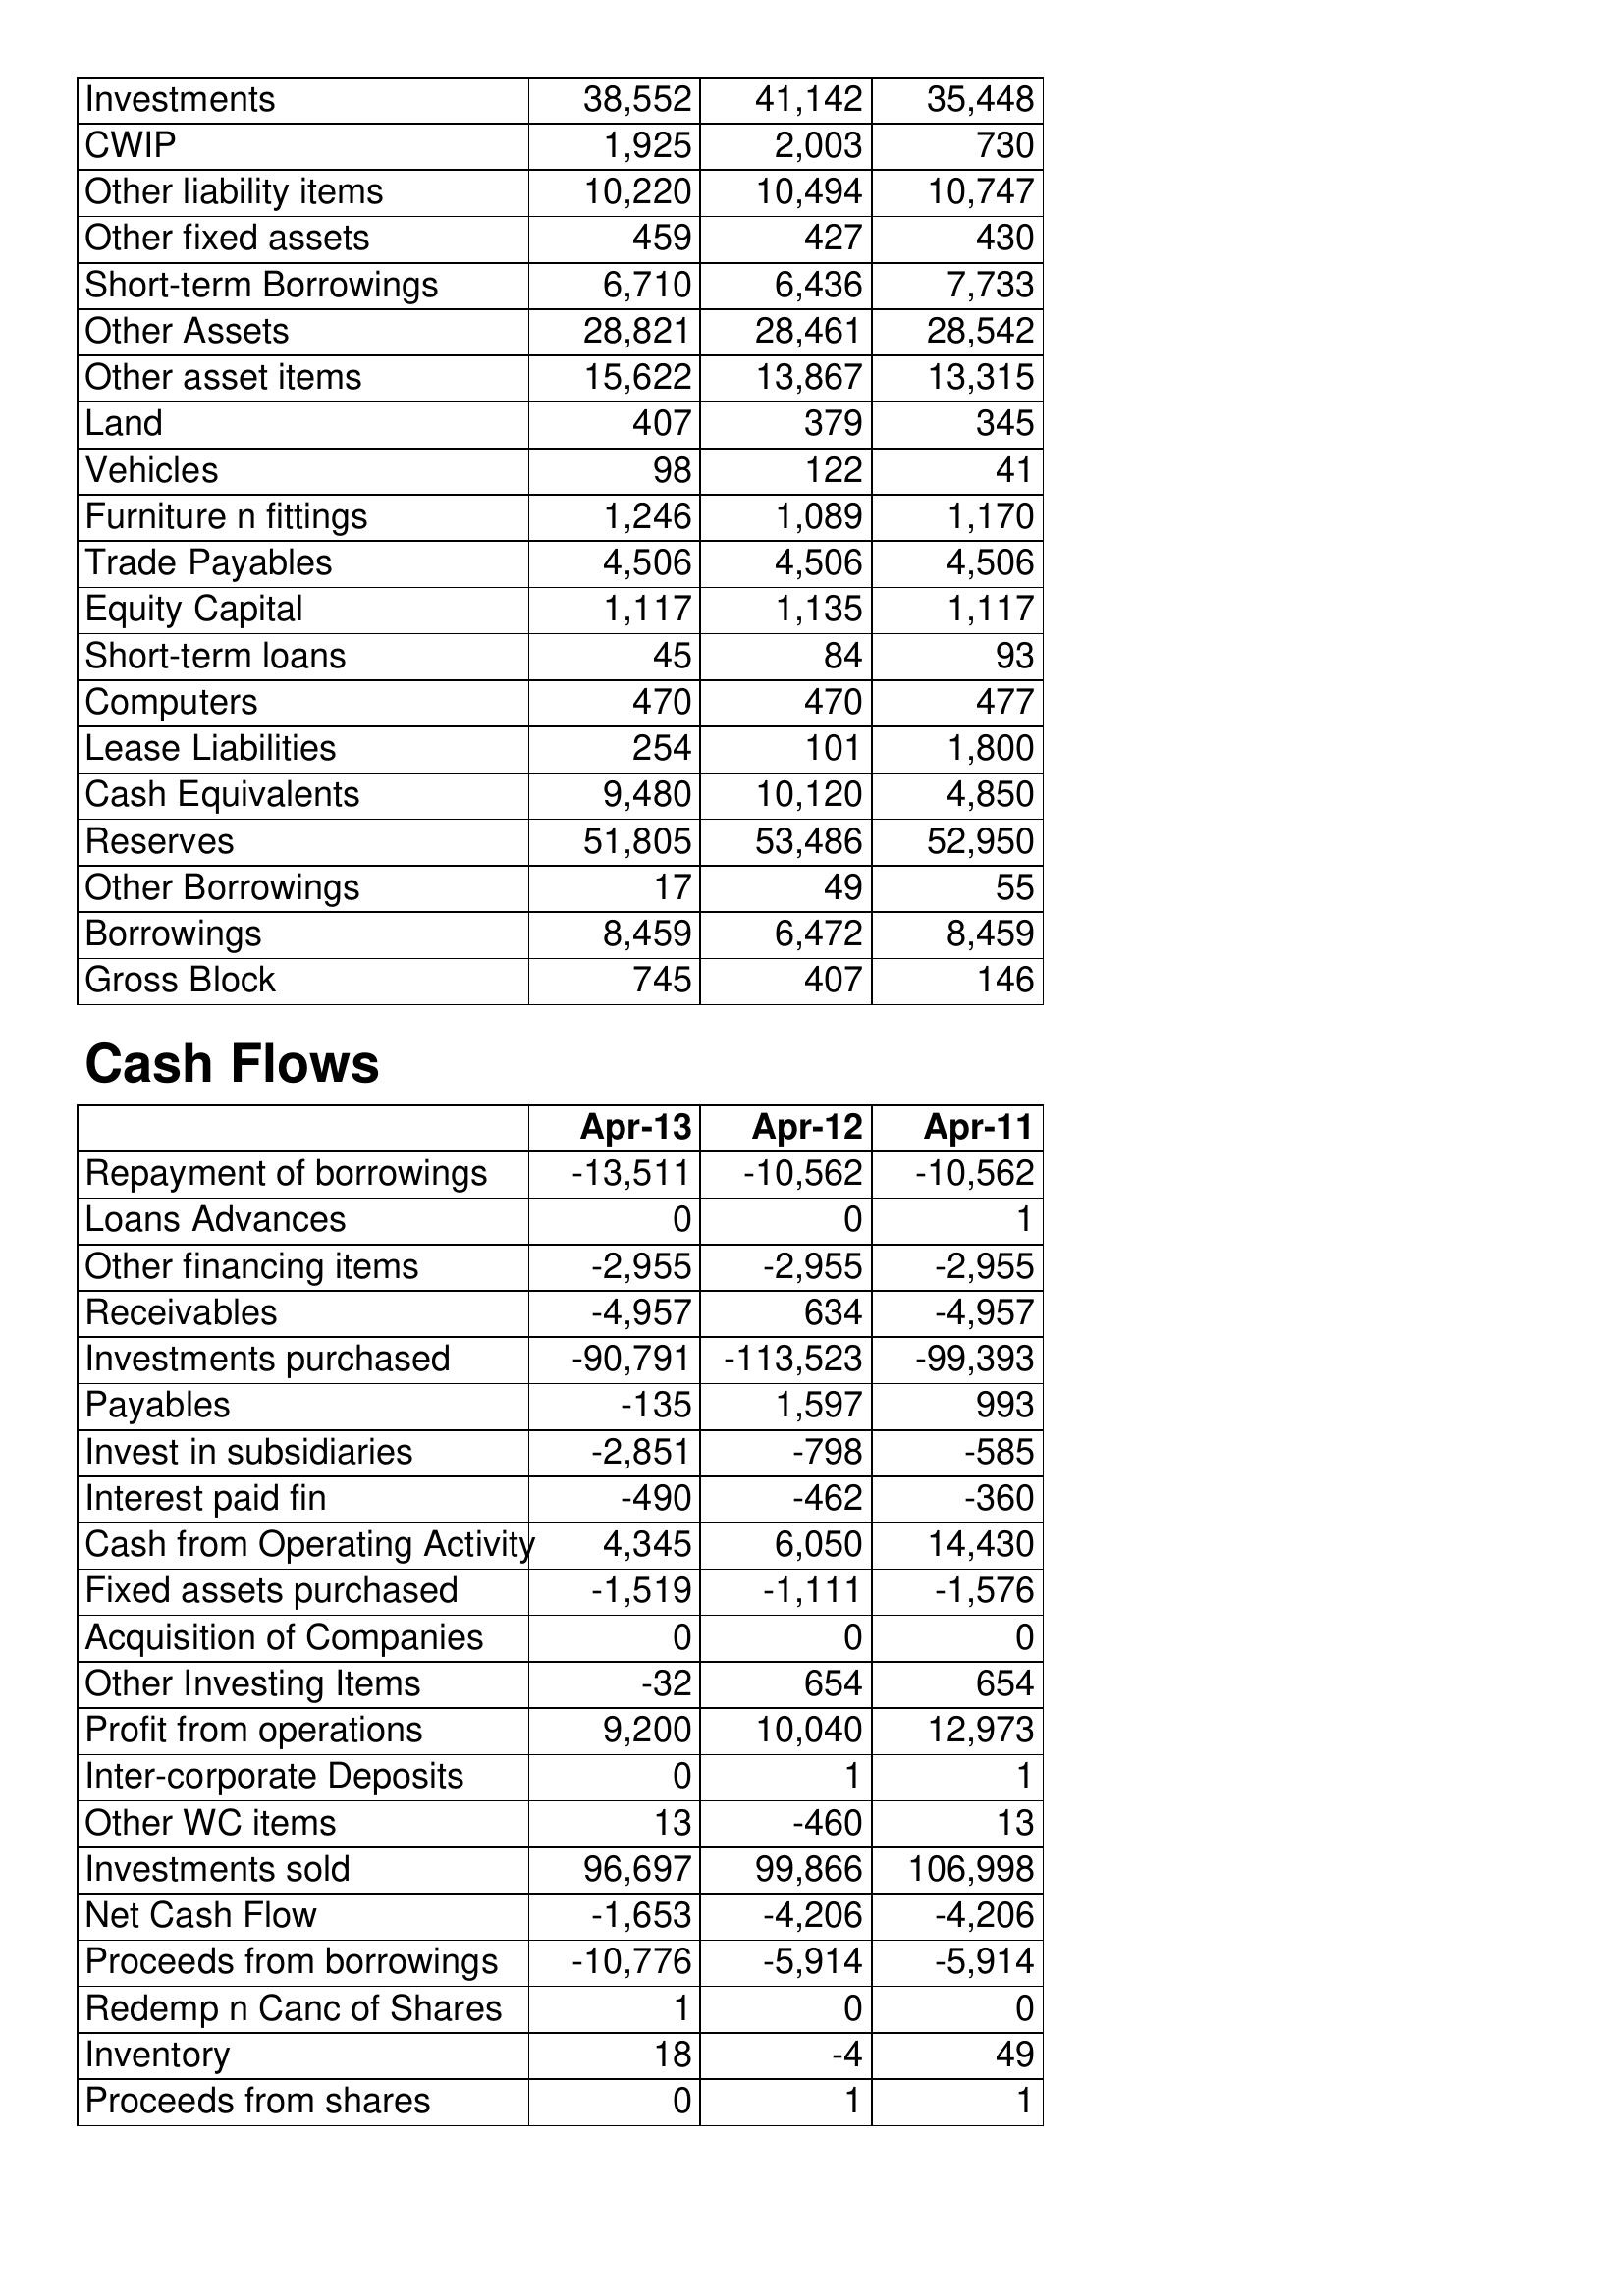
Apr-13: Balance Sheet: Investments: 38,552
CWIP: 1,925
Other liability items: 10,220
Other fixed assets: 459
Short-term Borrowings: 6,710
Other Assets: 28,821
Other asset items: 15,622
Land: 407
Vehicles: 98
Furniture n fittings: 1,246
Trade Payables: 4,506
Equity Capital: 1,117
Short-term loans: 45
Computers: 470
Lease Liabilities: 254
Cash Equivalents: 9,480
Reserves: 51,805
Other Borrowings: 17
Borrowings: 8,459
Gross Block: 745
Cash Flows: Repayment of borrowings: -13,511
Loans Advances: 0
Other financing items: -2,955
Receivables: -4,957
Investments purchased: -90,791
Payables: -135
Invest in subsidiaries: -2,851
Interest paid fin: -490
Cash from Operating Activity: 4,345
Fixed assets purchased: -1,519
Acquisition of Companies: 0
Other Investing Items: -32
Profit from operations: 9,200
Inter-corporate Deposits: 0
Other WC items: 13
Investments sold: 96,697
Net Cash Flow: -1,653
Proceeds from borrowings: -10,776
Redemp n Canc of Shares: 1
Inventory: 18
Proceeds from shares: 0
Apr-12: Balance Sheet: Investments: 41,142
CWIP: 2,003
Other liability items: 10,494
Other fixed assets: 427
Short-term Borrowings: 6,436
Other Assets: 28,461
Other asset items: 13,867
Land: 379
Vehicles: 122
Furniture n fittings: 1,089
Trade Payables: 4,506
Equity Capital: 1,135
Short-term loans: 84
Computers: 470
Lease Liabilities: 101
Cash Equivalents: 10,120
Reserves: 53,486
Other Borrowings: 49
Borrowings: 6,472
Gross Block: 407
Cash Flows: Repayment of borrowings: -10,562
Loans Advances: 0
Other financing items: -2,955
Receivables: 634
Investments purchased: -113,523
Payables: 1,597
Invest in subsidiaries: -798
Interest paid fin: -462
Cash from Operating Activity: 6,050
Fixed assets purchased: -1,111
Acquisition of Companies: 0
Other Investing Items: 654
Profit from operations: 10,040
Inter-corporate Deposits: 1
Other WC items: -460
Investments sold: 99,866
Net Cash Flow: -4,206
Proceeds from borrowings: -5,914
Redemp n Canc of Shares: 0
Inventory: -4
Proceeds from shares: 1
Apr-11: Balance Sheet: Investments: 35,448
CWIP: 730
Other liability items: 10,747
Other fixed assets: 430
Short-term Borrowings: 7,733
Other Assets: 28,542
Other asset items: 13,315
Land: 345
Vehicles: 41
Furniture n fittings: 1,170
Trade Payables: 4,506
Equity Capital: 1,117
Short-term loans: 93
Computers: 477
Lease Liabilities: 1,800
Cash Equivalents: 4,850
Reserves: 52,950
Other Borrowings: 55
Borrowings: 8,459
Gross Block: 146
Cash Flows: Repayment of borrowings: -10,562
Loans Advances: 1
Other financing items: -2,955
Receivables: -4,957
Investments purchased: -99,393
Payables: 993
Invest in subsidiaries: -585
Interest paid fin: -360
Cash from Operating Activity: 14,430
Fixed assets purchased: -1,576
Acquisition of Companies: 0
Other Investing Items: 654
Profit from operations: 12,973
Inter-corporate Deposits: 1
Other WC items: 13
Investments sold: 106,998
Net Cash Flow: -4,206
Proceeds from borrowings: -5,914
Redemp n Canc of Shares: 0
Inventory: 49
Proceeds from shares: 1